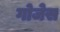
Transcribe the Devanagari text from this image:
गोजेस